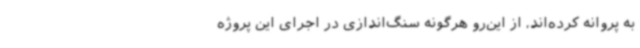
به پروانه کرده‌اند، از این‌رو هرگونه سنگ‌اندازی در اجرای این پروژه